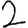
Digit: 2